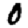
Digit: 0